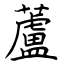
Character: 蘆